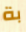
بة